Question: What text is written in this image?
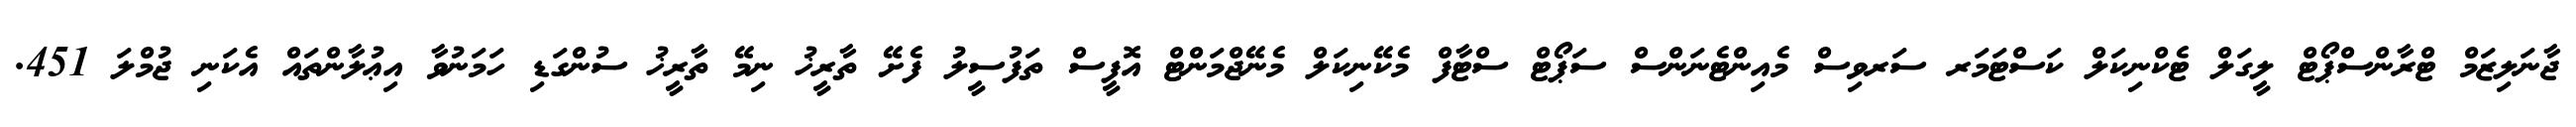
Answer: ޖާނަލިޒަމް ޓްރާންސްޕޯޓް ލީގަލް ޓެކްނިކަލް ކަސްޓަމަރ ސަރވިސް މެއިންޓެނަންސް ސަޕޯޓް ސްޓާފް މެކޭނިކަލް މެނޭޖްމަންޓް އޮފީސް ތަފުސީލު ފެށޭ ތާރީޚު ނިމޭ ތާރީޚު ސުންގަޑި ހަމަނުވާ އިޢުލާންތައް އެކަނި ޖުމްލަ 451.